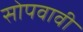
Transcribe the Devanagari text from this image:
सोपवावी